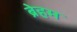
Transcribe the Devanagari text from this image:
ब्रेहम